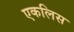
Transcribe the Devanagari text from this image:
एकलिस